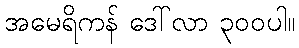
အမေရိကန် ဒေါ်လာ ၃၀၀ပါ။